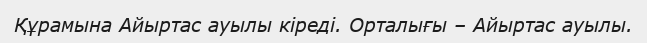
Құрамына Айыртас ауылы кіреді. Орталығы – Айыртас ауылы.